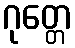
ဂုတ္တေ